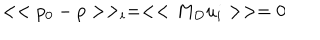
< < p _ { 0 } - p > > _ { i } = < < M _ { D } u _ { i } > > = 0